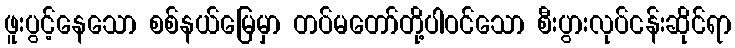
ဖူးပွင့်နေသော စစ်နယ်မြေမှာ တပ်မတော်တို့ပါဝင်သော စီးပွားလုပ်ငန်းဆိုင်ရာ